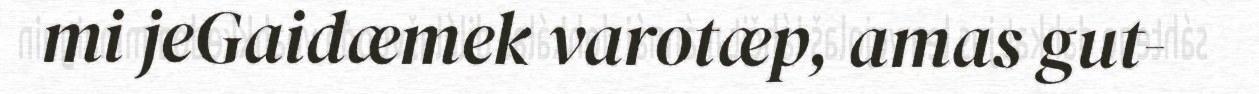
mi jeGaidæmek varotæp, amas gut-